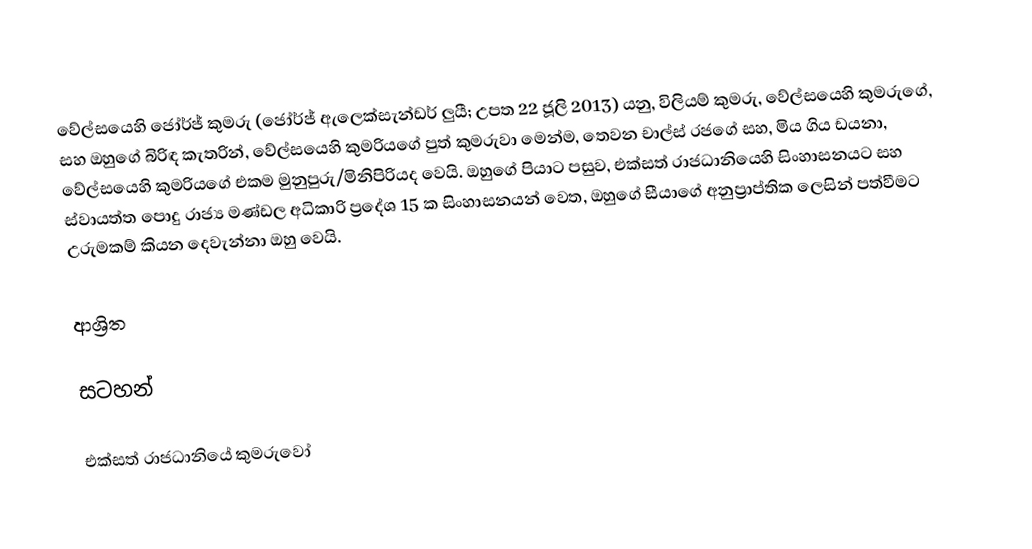
වේල්සයෙහි ජෝර්ජ් කුමරු    (ජෝර්ජ් ඇලෙක්සැන්ඩර් ලුයී; උපත 22 ජූලි 2013) යනු, විලියම් කුමරු, වේල්සයෙහි කුමරුගේ, සහ ඔහුගේ බිරිඳ   කැතරින්, වේල්සයෙහි කුමරියගේ පුත් කුමරුවා මෙන්ම, තෙවන චාල්ස් රජගේ සහ, මිය ගිය  ඩයනා, වේල්සයෙහි කුමරියගේ එකම මුනුපුරු/මිනිපිරියද වෙයි. ඔහුගේ පියාට පසුව, එක්සත් රාජධානියෙහි සිංහාසනයට සහ ස්වායත්ත  පොදු රාජ්‍ය මණ්ඩල අධිකාරි ප්‍රදේශ 15 ක සිංහාසනයන් වෙත, ඔහුගේ සීයාගේ  අනුප්‍රාප්තික ලෙසින්  පත්වීමට උරුමකම් කියන දෙවැන්නා ඔහු වෙයි.

ආශ්‍රිත

සටහන්

එක්සත් රාජධානියේ කුමරුවෝ